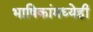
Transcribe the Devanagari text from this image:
भाषिकांमध्येही